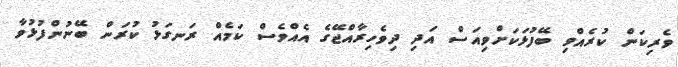
ވެރިކަން ކުރެއްވި ބޭފުޅަކަށްވިއަސް އަދި ދިވެހިރާއްޖޭގެ އެއްވެސް ކަމެއް ރަނގަޅު ކުރަން ބޭނުންފުޅުވާ